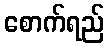
စောက်ရည်